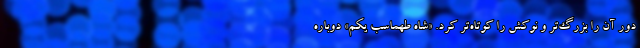
دور آن را بزرگ‌تر و نوکش را کوتاه‌تر کرد. «شاه طهماسب یکم» دوباره